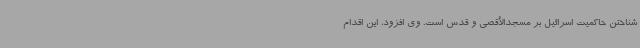
شناختن حاکمیت اسرائیل بر مسجدالأقصی و قدس است. وی افزود، این اقدام